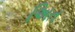
અિત